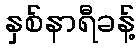
နှစ်နာရီခန့်